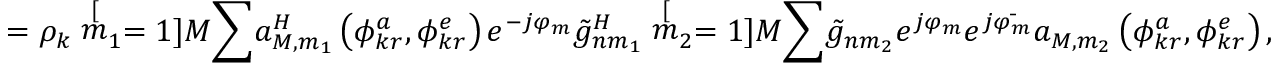
= \rho _ { k } \stackrel [ m _ { 1 } = 1 ] { M } { \sum } a _ { M , m _ { 1 } } ^ { H } \left( \phi _ { k r } ^ { a } , \phi _ { k r } ^ { e } \right) e ^ { - j \varphi _ { m } } \tilde { g } _ { n m _ { 1 } } ^ { H } \stackrel [ m _ { 2 } = 1 ] { M } { \sum } \tilde { g } _ { n m _ { 2 } } e ^ { j \varphi _ { m } } e ^ { j \bar { \varphi _ { m } } } a _ { M , m _ { 2 } } \left( \phi _ { k r } ^ { a } , \phi _ { k r } ^ { e } \right) ,